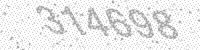
Solution: 314698